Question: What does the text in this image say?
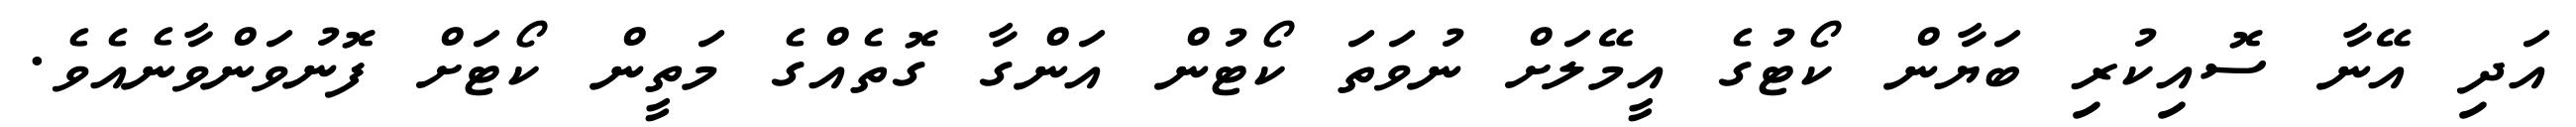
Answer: އަދި އޭނާ ސޮއިކުރި ބަޔާން ކޯޓުގެ އީމޭލަށް ނުވަތަ ކޯޓުން އަންގާ ގޮތެއްގެ މަތީން ކޯޓަށް ފޮނުވަންވާނެއެވެ.